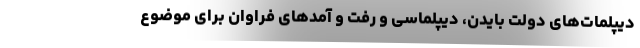
دیپلمات‌های دولتِ بایدن، دیپلماسی و رفت و آمدهای فراوان برای موضوعِ